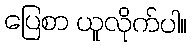
ပြေစာ ယူလိုက်ပါ။